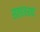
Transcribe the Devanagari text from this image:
सतहत्तरवां